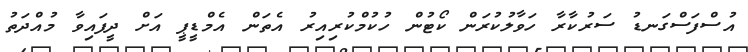
އުސްފަސްގަނޑު ސަރުކާރާ ހަވާލުކުރަން ކޯޓުން ހުކުމްކުރިއިރު އެތަން އެމްޑީޕީ އަށް ދީފައިވާ މުއްދަތު